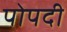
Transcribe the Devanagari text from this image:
पोपदी